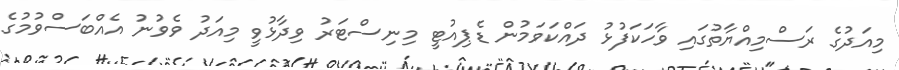
މިއަދުގެ ރަސްމިއްޔާތުގައި ވާހަަކަފުޅު ދައްކަވަމުން ޑެޕިއުޓީ މިނިސްޓަރު ވިދާޅުވީ މިއަދު ވެވުނު އެއްބަސްވުމުގެ